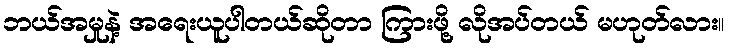
ဘယ်အမှုနဲ့ အရေးယူပါတယ်ဆိုတာ ကြားဖို့ လိုအပ်တယ် မဟုတ်လား။